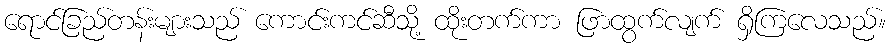
ရောင်ခြည်တန်းများသည် ကောင်းကင်ဆီသို့ ထိုးတက်ကာ ဖြာထွက်လျက် ရှိကြလေသည်။